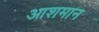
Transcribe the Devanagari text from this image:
आशमान